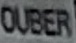
OUBER